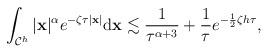
LaTeX: \begin{align*} \begin{aligned} \int_{\mathcal C^h}\vert\mathbf x\vert^{\alpha}e^{-\zeta \tau \vert \mathbf x\vert}\mathrm{d}\mathbf x \lesssim \frac{1}{\tau^{\alpha+3}}+\frac{1}{\tau}e^{-\frac{1}{2}\zeta h\tau }, \end{aligned} \end{align*}